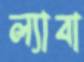
ল্যাবা